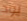
يود